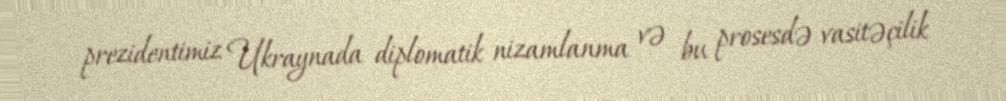
prezidentimiz Ukraynada diplomatik nizamlanma və bu prosesdə vasitəçilik